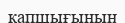
қапшығының